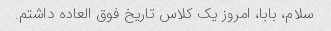
سلام، بابا، امروز یک کلاس تاریخ فوق العاده داشتم.